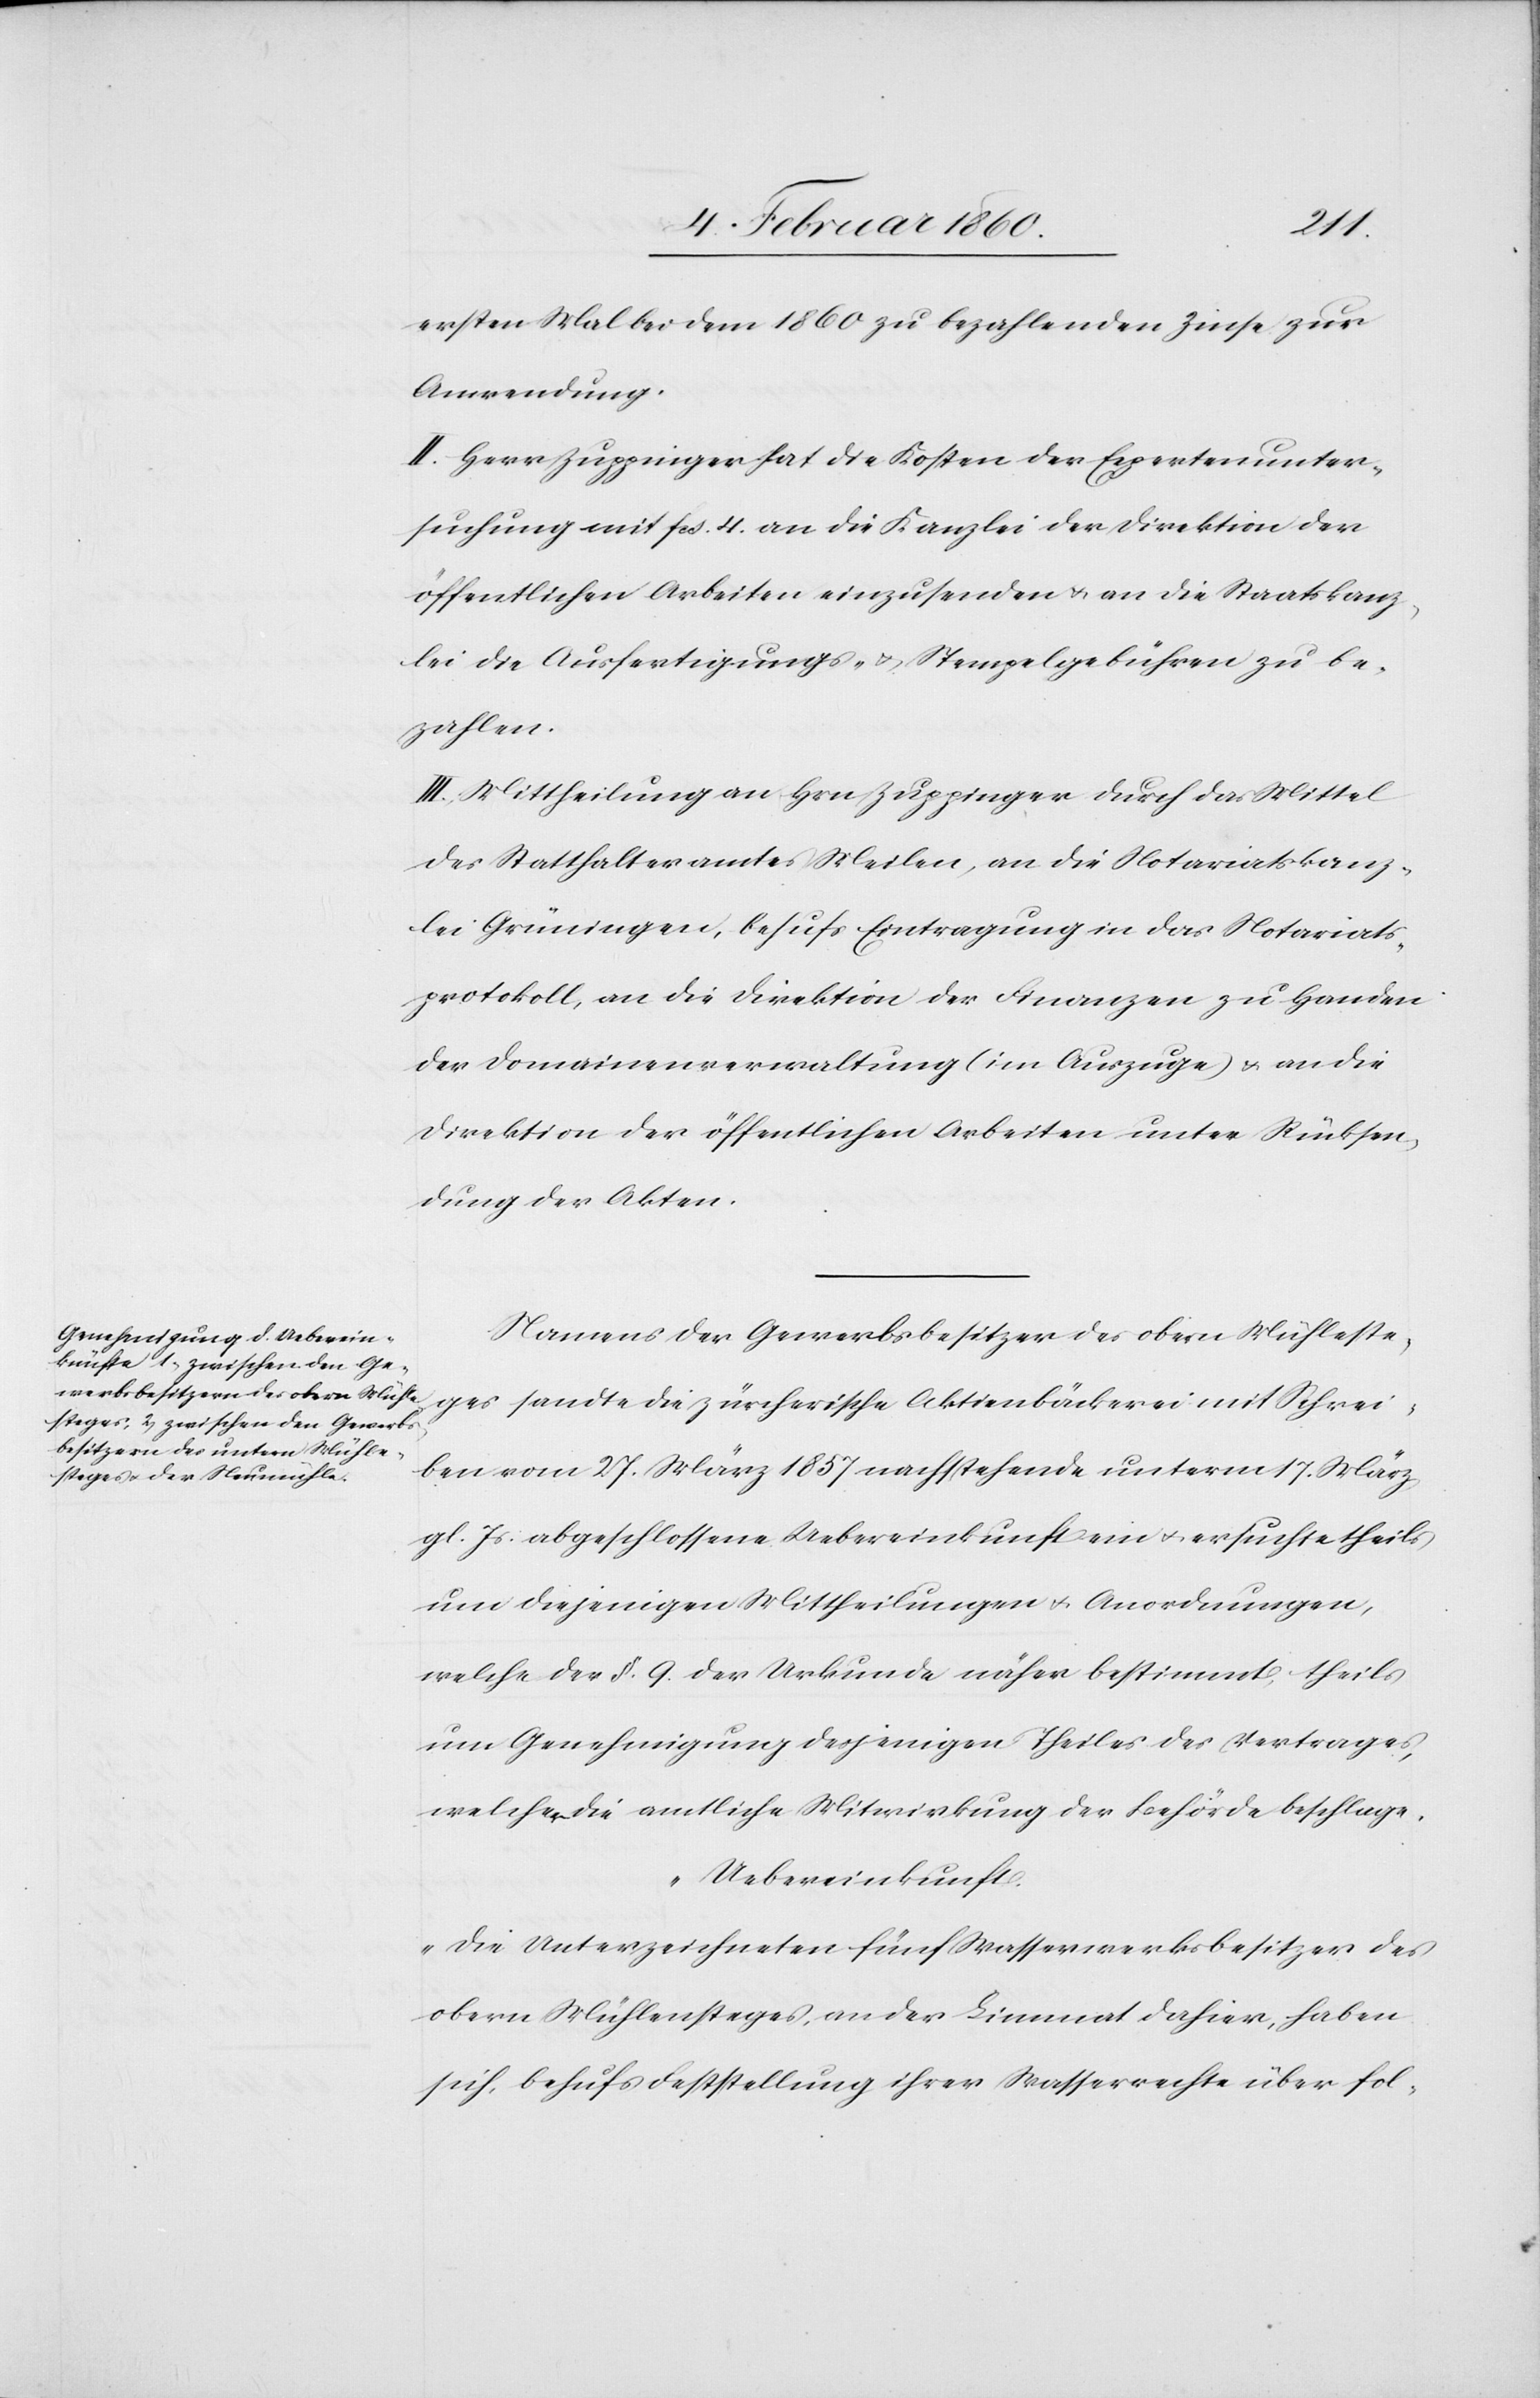
ersten Mal bei dem 1860 zu bezahlenden Zinse zur
Anwendung.
II. Herr Zuppinger hat die Kosten der Expertenunter¬
suchung mit fcs. 4. an die Kanzlei der Direktion der
öffentlichen Arbeiten einzusenden u. an die Staatskanz¬
lei die Ausfertigungs- u. Stempelgebühren zu be¬
zahlen.
III. Mittheilung an Hrn. Zuppinger durch das Mittel
des Statthalteramtes Meilen, an die Notariatskanz¬
lei Gründingen, behufs Eintragung in das Notariats¬
protokoll, an die Direktion der Finanzen zu Handen
der Domainenverwaltung (im Auszuge) u. an die
Direktion der öffentlichen Arbeiten unter Rücksen¬
dung der Akten.
Namens der Gewerbsbesitzer des obern Mühleste¬
ges sandte die zürcherische Aktienbäckerei mit Schrei¬
ben vom 27. März 1857 nachstehende unterm 17. März
gl. Js. abgeschlossene Uebereinkunft ein u. ersuchte theils
um diejenigen Mittheilungen u. Anordnungen,
welche der §. 9. der Urkunde näher bestimmt, theils
um Genehmigung desjenigen Theiles des Vertrages,
welcher die amtliche Mitwirkung der Behörde beschlage.
„Uebereinkunft.
Die Unterzeichneten fünf Wasserwerksbesitzer des
obern Mühlesteges, an der Limmat dahier, haben
sich behufs Feststellung ihrer Wasserrechte über fol-